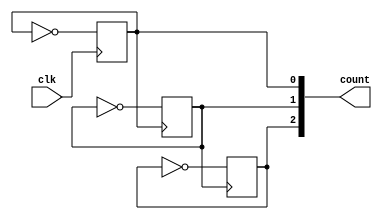
`timescale 1ns / 1ps
//////////////////////////////////////////////////////////////////////////////////
// Company: 
// Engineer: 
// 
// Design Name: 
// Module Name: main
// Project Name: 
// Target Devices: 
// Tool Versions: 
// Description: 
// 
// Dependencies: 
// 
// Revision:
// Revision 0.01 - File Created
// Additional Comments:
// 
//////////////////////////////////////////////////////////////////////////////////


module main(
    input clk,
    output reg [2:0] count
    );
   
    
    initial count=3'b0;
    
    always@(posedge count[0])
    count[1]<=~count[1];
    
    always@(posedge count[1])
    count[2]<=~count[2];
    
    always @(posedge clk)
    count[0]<=~count[0];
    

endmodule